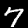
Label: 7